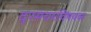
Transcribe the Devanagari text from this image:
दूरसंचारविषयक